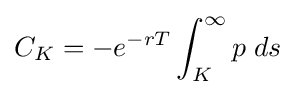
C_{K}=-e^{-rT}\int _{K}^{\infty }p\;ds